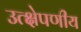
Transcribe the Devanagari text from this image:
उत्क्षेपणीय